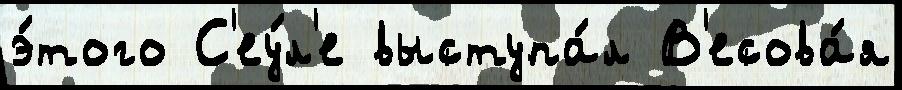
э́того С'еу́л'е выступа́л В'есова́я